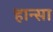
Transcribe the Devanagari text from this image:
हान्सा